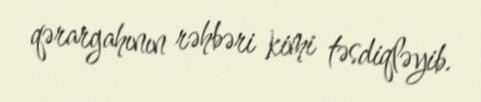
qərargahının rəhbəri kimi təsdiqləyib.